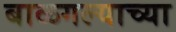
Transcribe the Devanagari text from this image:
बाळगल्याच्या